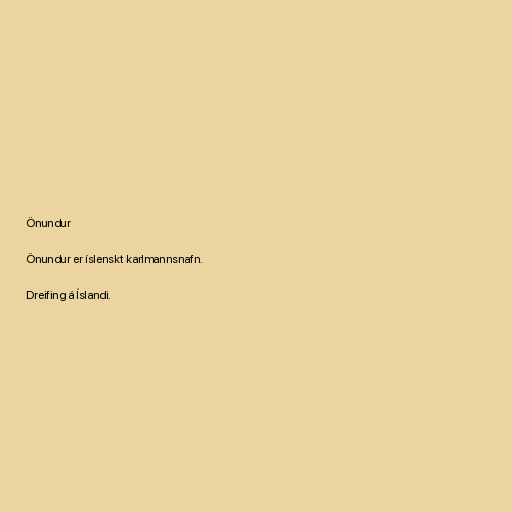
Önundur

Önundur er íslenskt karlmannsnafn.

Dreifing á Íslandi.